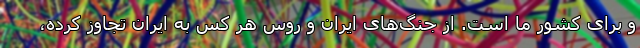
و برای کشور ما است. از جنگ‌های ایران و روس هر کس به ایران تجاوز کرده،